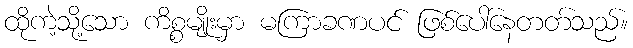
ထိုကဲ့သို့သော ကိစ္စမျိုးမှာ မကြာခဏပင် ဖြစ်ပေါ်နေတတ်သည်။